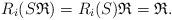
LaTeX: \begin{align*}R_i(S\mathfrak{R})=R_i(S)\mathfrak{R}=\mathfrak{R}.\end{align*}